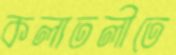
কলাতলীতে